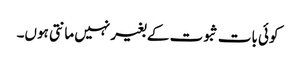
کوئی بات ثبوت کے بغیر نہیں مانتی ہوں۔